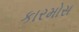
કારમોસ